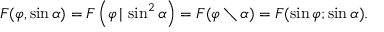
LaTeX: F ( \varphi , \sin \alpha ) = F \left( \varphi \, | \, \sin ^ { 2 } \alpha \right) = F ( \varphi \setminus \alpha ) = F ( \sin \varphi ; \sin \alpha ) .